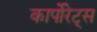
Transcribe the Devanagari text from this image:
कार्पोरेट्स